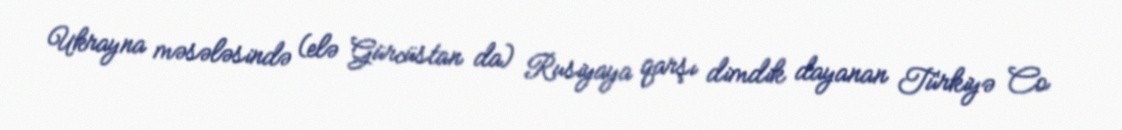
Ukrayna məsələsində (elə Gürcüstan da) Rusiyaya qarşı dimdik dayanan Türkiyə Co